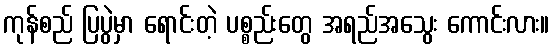
ကုန်စည် ပြပွဲမှာ ရောင်းတဲ့ ပစ္စည်းတွေ အရည်အသွေး ကောင်းလား။